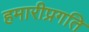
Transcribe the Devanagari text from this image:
हमारीप्रगति